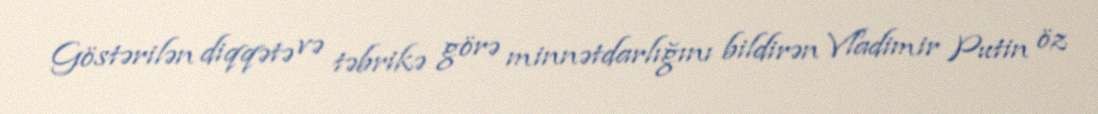
Göstərilən diqqətə və təbrikə görə minnətdarlığını bildirən Vladimir Putin öz